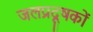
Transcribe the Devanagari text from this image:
जलप्रदूषकों